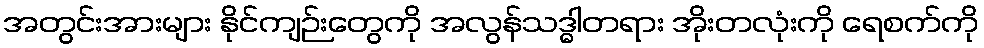
အတွင်းအားများ နိုင်ကျဉ်းတွေကို အလွန်သဒ္ဓါတရား အိုးတလုံးကို ရေစက်ကို